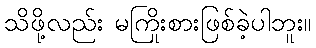
သိဖို့လည်း မကြိုးစားဖြစ်ခဲ့ပါဘူး။